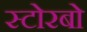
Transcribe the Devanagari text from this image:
स्टोरबो